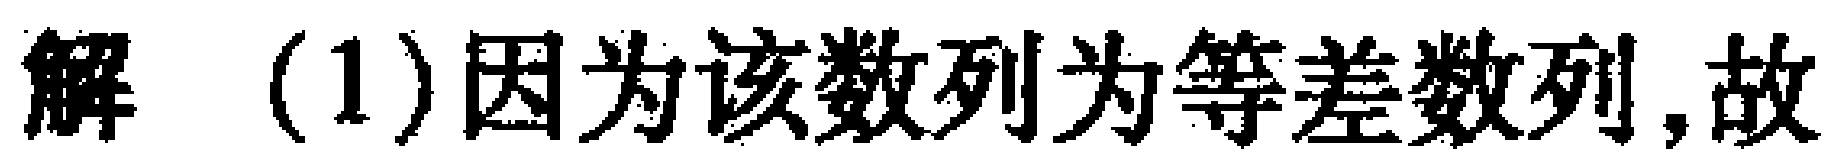
解 (1)因为该数列为等差数列,故